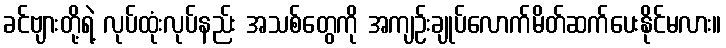
ခင်ဗျားတို့ရဲ့ လုပ်ထုံးလုပ်နည်း အသစ်တွေကို အကျဉ်းချုပ်လောက်မိတ်ဆက်ပေးနိုင်မလား။